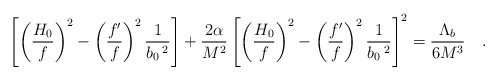
\begin{align*}\left[\left(\frac{H_0}{f}\right)^2-\left(\frac{f'}{f}\right)^2\frac{1}{b_{0}\,^2}\right]+\frac{2\alpha}{M^2} \left[\left(\frac{H_0}{f}\right)^2-\left(\frac{f'}{f}\right)^2\frac{1}{b_{0}\,^2}\right]^2=\frac{\Lambda_b}{6M^3}~~~.\end{align*}